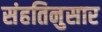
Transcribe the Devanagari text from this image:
संहतिनुसार